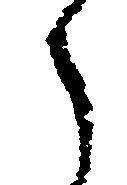
う